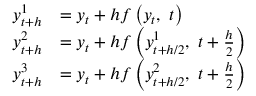
{ \begin{array} { r l } { y _ { t + h } ^ { 1 } } & { = y _ { t } + h f \left( y _ { t } , \ t \right) } \\ { y _ { t + h } ^ { 2 } } & { = y _ { t } + h f \left( y _ { t + h / 2 } ^ { 1 } , \ t + { \frac { h } { 2 } } \right) } \\ { y _ { t + h } ^ { 3 } } & { = y _ { t } + h f \left( y _ { t + h / 2 } ^ { 2 } , \ t + { \frac { h } { 2 } } \right) } \end{array} }